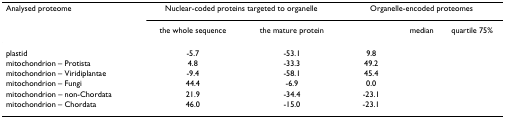
<table><thead><tr><td><b>Analysed proteome</b></td><td colspan="2"><b>Nuclear-coded proteins targeted to organelle</b></td><td colspan="3"><b>Organelle-encoded proteomes</b></td></tr><tr><td>[EMPTY_CELL]</td><td><b>the whole sequence</b></td><td><b>the mature protein</b></td><td>[EMPTY_CELL]</td><td><b>median</b></td><td><b>quartile 75%</b></td></tr></thead><tbody><tr><td>plastid</td><td>-5.7</td><td>-53.1</td><td>9.8</td><td>[EMPTY_CELL]</td><td>[EMPTY_CELL]</td></tr><tr><td>mitochondrion – Protista</td><td>4.8</td><td>-33.3</td><td>49.2</td><td>[EMPTY_CELL]</td><td>[EMPTY_CELL]</td></tr><tr><td>mitochondrion – Viridiplantae</td><td>-9.4</td><td>-58.1</td><td>45.4</td><td>[EMPTY_CELL]</td><td>[EMPTY_CELL]</td></tr><tr><td>mitochondrion – Fungi</td><td>44.4</td><td>-6.9</td><td>0.0</td><td>[EMPTY_CELL]</td><td>[EMPTY_CELL]</td></tr><tr><td>mitochondrion – non-Chordata</td><td>21.9</td><td>-34.4</td><td>-23.1</td><td>[EMPTY_CELL]</td><td>[EMPTY_CELL]</td></tr><tr><td>mitochondrion – Chordata</td><td>46.0</td><td>-15.0</td><td>-23.1</td><td>[EMPTY_CELL]</td><td>[EMPTY_CELL]</td></tr></tbody></table>